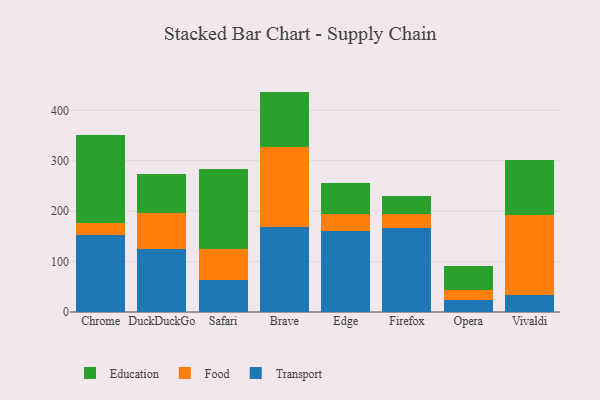
{"axis": {"x": "Browser", "y": "Churn Rate (%)"}, "legend": ["Education", "Food", "Transport"], "data": [{"x": "Chrome", "y": 153.3, "type": "Transport"}, {"x": "Chrome", "y": 23.5, "type": "Food"}, {"x": "Chrome", "y": 173.4, "type": "Education"}, {"x": "DuckDuckGo", "y": 124.2, "type": "Transport"}, {"x": "DuckDuckGo", "y": 71.7, "type": "Food"}, {"x": "DuckDuckGo", "y": 77.7, "type": "Education"}, {"x": "Safari", "y": 63.2, "type": "Transport"}, {"x": "Safari", "y": 62.4, "type": "Food"}, {"x": "Safari", "y": 159.0, "type": "Education"}, {"x": "Brave", "y": 167.6, "type": "Transport"}, {"x": "Brave", "y": 159.1, "type": "Food"}, {"x": "Brave", "y": 110.4, "type": "Education"}, {"x": "Edge", "y": 160.4, "type": "Transport"}, {"x": "Edge", "y": 33.7, "type": "Food"}, {"x": "Edge", "y": 61.0, "type": "Education"}, {"x": "Firefox", "y": 166.3, "type": "Transport"}, {"x": "Firefox", "y": 27.7, "type": "Food"}, {"x": "Firefox", "y": 35.9, "type": "Education"}, {"x": "Opera", "y": 23.4, "type": "Transport"}, {"x": "Opera", "y": 21.2, "type": "Food"}, {"x": "Opera", "y": 46.3, "type": "Education"}, {"x": "Vivaldi", "y": 32.8, "type": "Transport"}, {"x": "Vivaldi", "y": 158.6, "type": "Food"}, {"x": "Vivaldi", "y": 109.4, "type": "Education"}]}